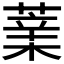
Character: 𦸯